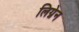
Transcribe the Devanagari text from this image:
लिग्नेन